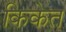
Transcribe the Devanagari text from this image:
किकेत